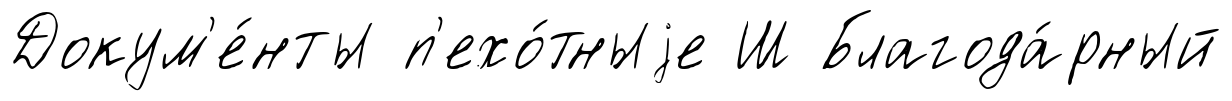
Докум'е́нты п'ехо́тныjе Ш Благода́рный